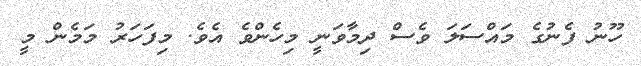
ހޫނު ފެނުގެ މައްސަލަ ވެސް ދިމާވަނީ މިހެންވެ އެވެ. މިފަހަރު މަމެން މީ